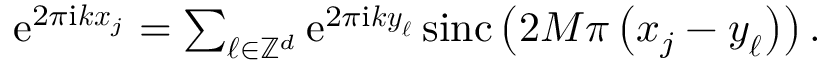
\begin{array} { r } { \mathrm e ^ { 2 \pi \mathrm i \boldsymbol k \boldsymbol x _ { j } } = \sum _ { \boldsymbol \ell \in \mathbb Z ^ { d } } \mathrm e ^ { 2 \pi \mathrm i \boldsymbol k \boldsymbol y _ { \boldsymbol \ell } } \, \mathrm { s i n c } \left( 2 M \pi \left( \boldsymbol x _ { j } - \boldsymbol y _ { \boldsymbol \ell } \right) \right) . } \end{array}